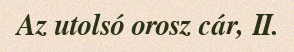
Az utolsó orosz cár, II.